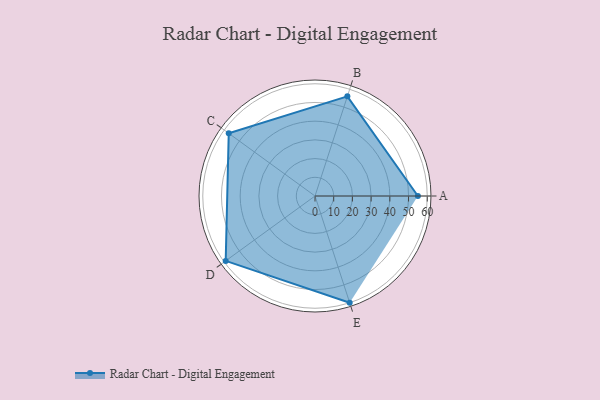
{"axis": {"x": "Skill", "y": "Score"}, "legend": ["Profile"], "data": [{"x": "A", "y": 55.0, "type": "Profile"}, {"x": "B", "y": 56.0, "type": "Profile"}, {"x": "C", "y": 57.0, "type": "Profile"}, {"x": "D", "y": 59.0, "type": "Profile"}, {"x": "E", "y": 60.0, "type": "Profile"}]}